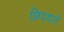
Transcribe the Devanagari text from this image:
छिदवाते